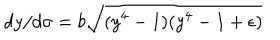
d y / d \sigma = b \sqrt { ( y ^ { 4 } - 1 ) ( y ^ { 4 } - 1 + \epsilon ) }